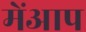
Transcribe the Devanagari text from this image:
मेंआप